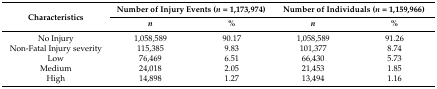
<table><thead><tr><td rowspan="2"><b>Characteristics</b></td><td colspan="2"><b>Number of Injury Events (<i>n</i> = 1,173,974)</b></td><td colspan="2"><b>Number of Individuals (<i>n</i> = 1,159,966)</b></td></tr><tr><td><b><i>n</i></b></td><td><b>%</b></td><td><b><i>n</i></b></td><td><b>%</b></td></tr></thead><tbody><tr><td>No Injury</td><td>1,058,589</td><td>90.17</td><td>1,058,589</td><td>91.26</td></tr><tr><td>Non-Fatal Injury severity</td><td>115,385</td><td>9.83</td><td>101,377</td><td>8.74</td></tr><tr><td>Low</td><td>76,469</td><td>6.51</td><td>66,430</td><td>5.73</td></tr><tr><td>Medium</td><td>24,018</td><td>2.05</td><td>21,453</td><td>1.85</td></tr><tr><td>High</td><td>14,898</td><td>1.27</td><td>13,494</td><td>1.16</td></tr></tbody></table>